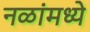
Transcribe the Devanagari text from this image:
नळांमध्ये